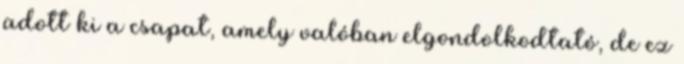
adott ki a csapat, amely valóban elgondolkodtató, de ez